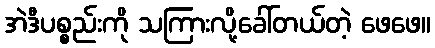
အဲဒီပစ္စည်းကို သကြားလို့ခေါ်တယ်တဲ့ ဖေဖေ။